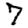
Digit: 7